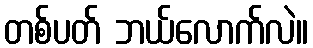
တစ်ပတ် ဘယ်လောက်လဲ။